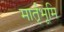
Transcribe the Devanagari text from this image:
मार्तृभूमि